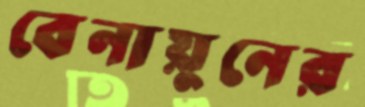
বেনায়ুনের